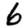
Digit: 6